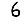
Digit: 6